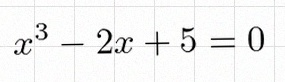
x^3-2x+5=0